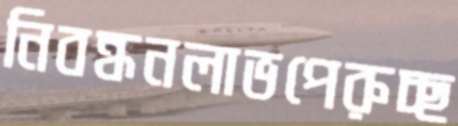
নিবন্ধনলাভপেরুচ্ছ